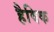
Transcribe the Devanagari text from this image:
हैविक